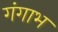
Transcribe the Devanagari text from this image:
गंगाभ